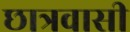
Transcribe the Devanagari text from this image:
छात्रवासी